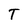
Character: T